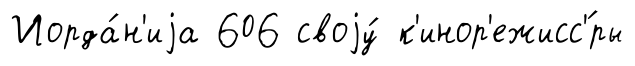
Иорда́н'иjа 606 своjу́ к'инор'ежисс'́ры